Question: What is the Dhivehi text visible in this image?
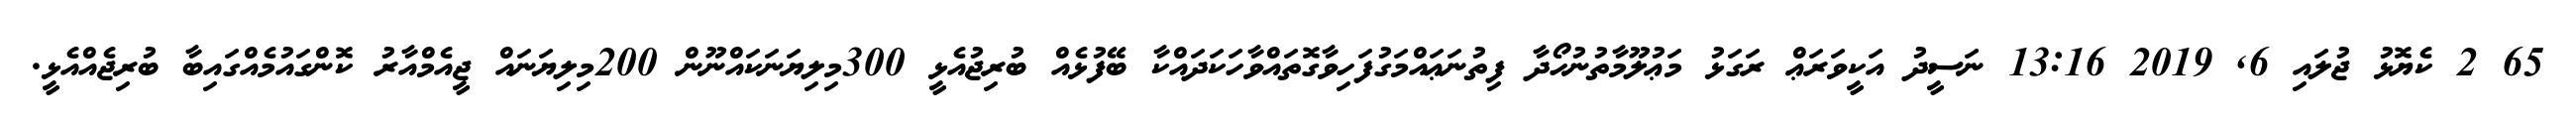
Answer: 65 2 ކެޔޮޅު ޖުލައި 6, 2019 13:16 ނަސީދު އަކީވަރަޢް ރަގަޅު މަޢުލޫމާތުނުހޯދާ ފިތުނަޢައްމަގުފަހިވާގޮތައްވާހަކަދައްކާ ބޭފުޅެއް ބުރިޖުއެޅީ 300މިލިޔަނަކައްނޫން 200މިލިޔަނައް ޖީއެމްއާރު ކޮންގައުމެއްގައިބާ ބުރިޖެއްއެޅީ.